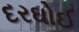
દરઘોઈ